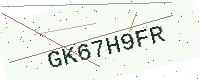
Text: GK67H9FR